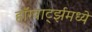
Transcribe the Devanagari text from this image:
हॉग्वार्ट्झमध्ये